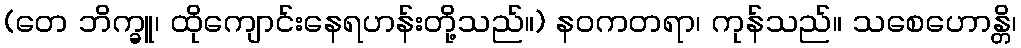
(တေ ဘိက္ခူ၊ ထိုကျောင်းနေရဟန်းတို့သည်။) နဝကတရာ၊ ကုန်သည်။ သစေဟောန္တိ၊